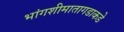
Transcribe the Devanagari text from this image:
भांगशीमातागडाकडे